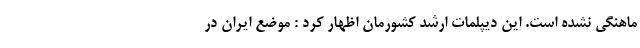
ماهنگی نشده است. این دیپلمات ارشد کشورمان اظهار کرد : موضع ایران در